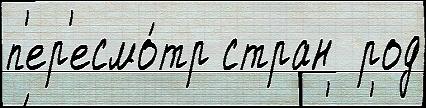
п'ер'есмо́тр стран  род